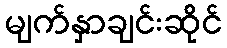
မျက်နှာချင်းဆိုင်